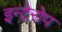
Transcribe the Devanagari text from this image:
इन्टेरोप